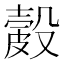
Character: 𥀎